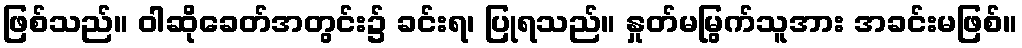
ဖြစ်သည်။ ဝါဆိုခေတ်အတွင်း၌ ခင်းရ၊ ပြုရသည်။ နှုတ်မမြွက်သူအား အခင်းမဖြစ်။